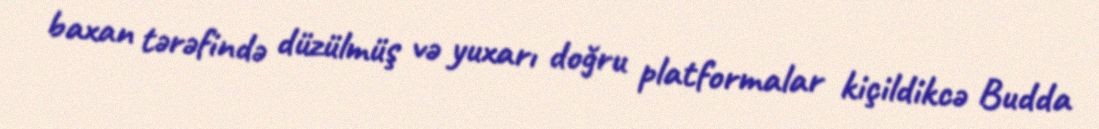
baxan tərəfində düzülmüş və yuxarı doğru platformalar kiçildikcə Budda